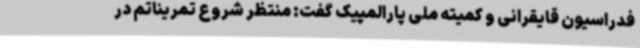
فدراسیون قایقرانی و کمیته ملی پارالمپیک گفت: منتظر شروع تمریناتم در